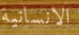
الانسانية